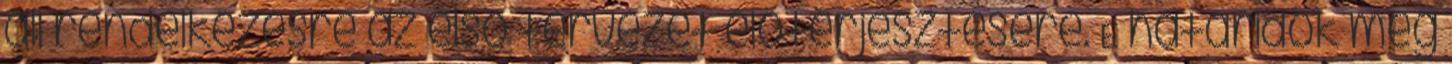
áll rendelkezésre az első tervezet előterjesztésére. E határidők meg